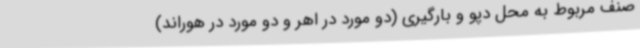
صنف مربوط به محل دپو و بارگیری (دو مورد در اهر و دو مورد در هوراند)